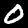
Digit: 0